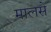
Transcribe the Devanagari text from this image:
मालसे